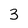
Character: 3